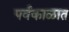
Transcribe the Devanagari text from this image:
पर्वकाळात